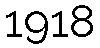
1918